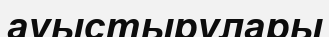
ауыстырулары